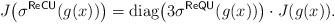
LaTeX: \begin{align*}J\bigl(\sigma^{\mathsf{ReCU}}(g(x))\bigr)=\operatorname{diag}\bigl(3\sigma^{\mathsf{ReQU}}(g(x))\bigr)\cdot J( g(x)).\end{align*}